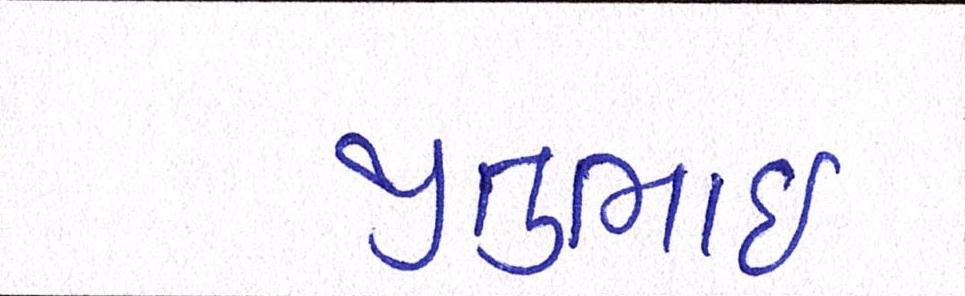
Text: જીતુભાઈ